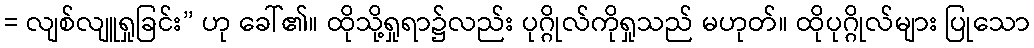
= လျစ်လျူရှုခြင်း” ဟု ခေါ်၏။ ထိုသို့ရှုရာ၌လည်း ပုဂ္ဂိုလ်ကိုရှုသည် မဟုတ်။ ထိုပုဂ္ဂိုလ်များ ပြုသော